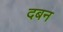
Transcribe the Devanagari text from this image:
दबन